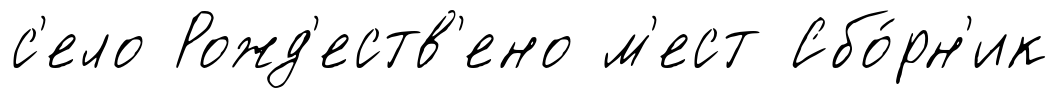
с'ело Рожд'еств'ено м'ест Сбо́рн'ик